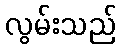
လွမ်းသည်